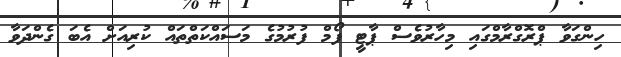
ހިންގަވާ ޕްރޮގްރާމްގައި މިހާރުވެސް ޕާޓީ ފޯމް ފުރުމުގެ މަސައްކަތްތައް ކުރިއަށް އެބަ ގެންދަވާ